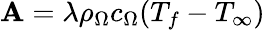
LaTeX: \mathbf{A}=\lambda\rho_{\Omega}c_{\Omega}(T_{f}-T_{\infty})